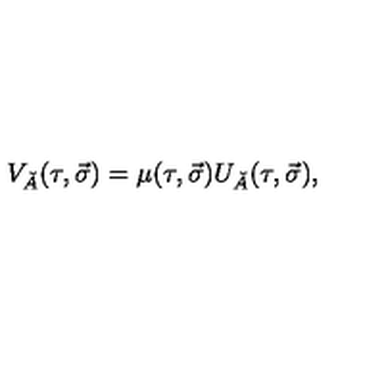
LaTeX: V _ { \check { A } } ( \tau , \vec { \sigma } ) = \mu ( \tau , \vec { \sigma } ) U _ { \check { A } } ( \tau , \vec { \sigma } ) ,